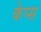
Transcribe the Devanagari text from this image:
केप्स